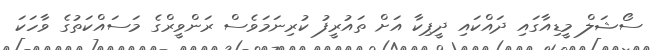
ސޯޝަލް މީޑިއާގައި ދައްކައި ދީޕިކާ އަށް ތައުރީފު ކުރިނަމަވެސް ރަންވީރްގެ މަސައްކަތުގެ ވާހަކަ